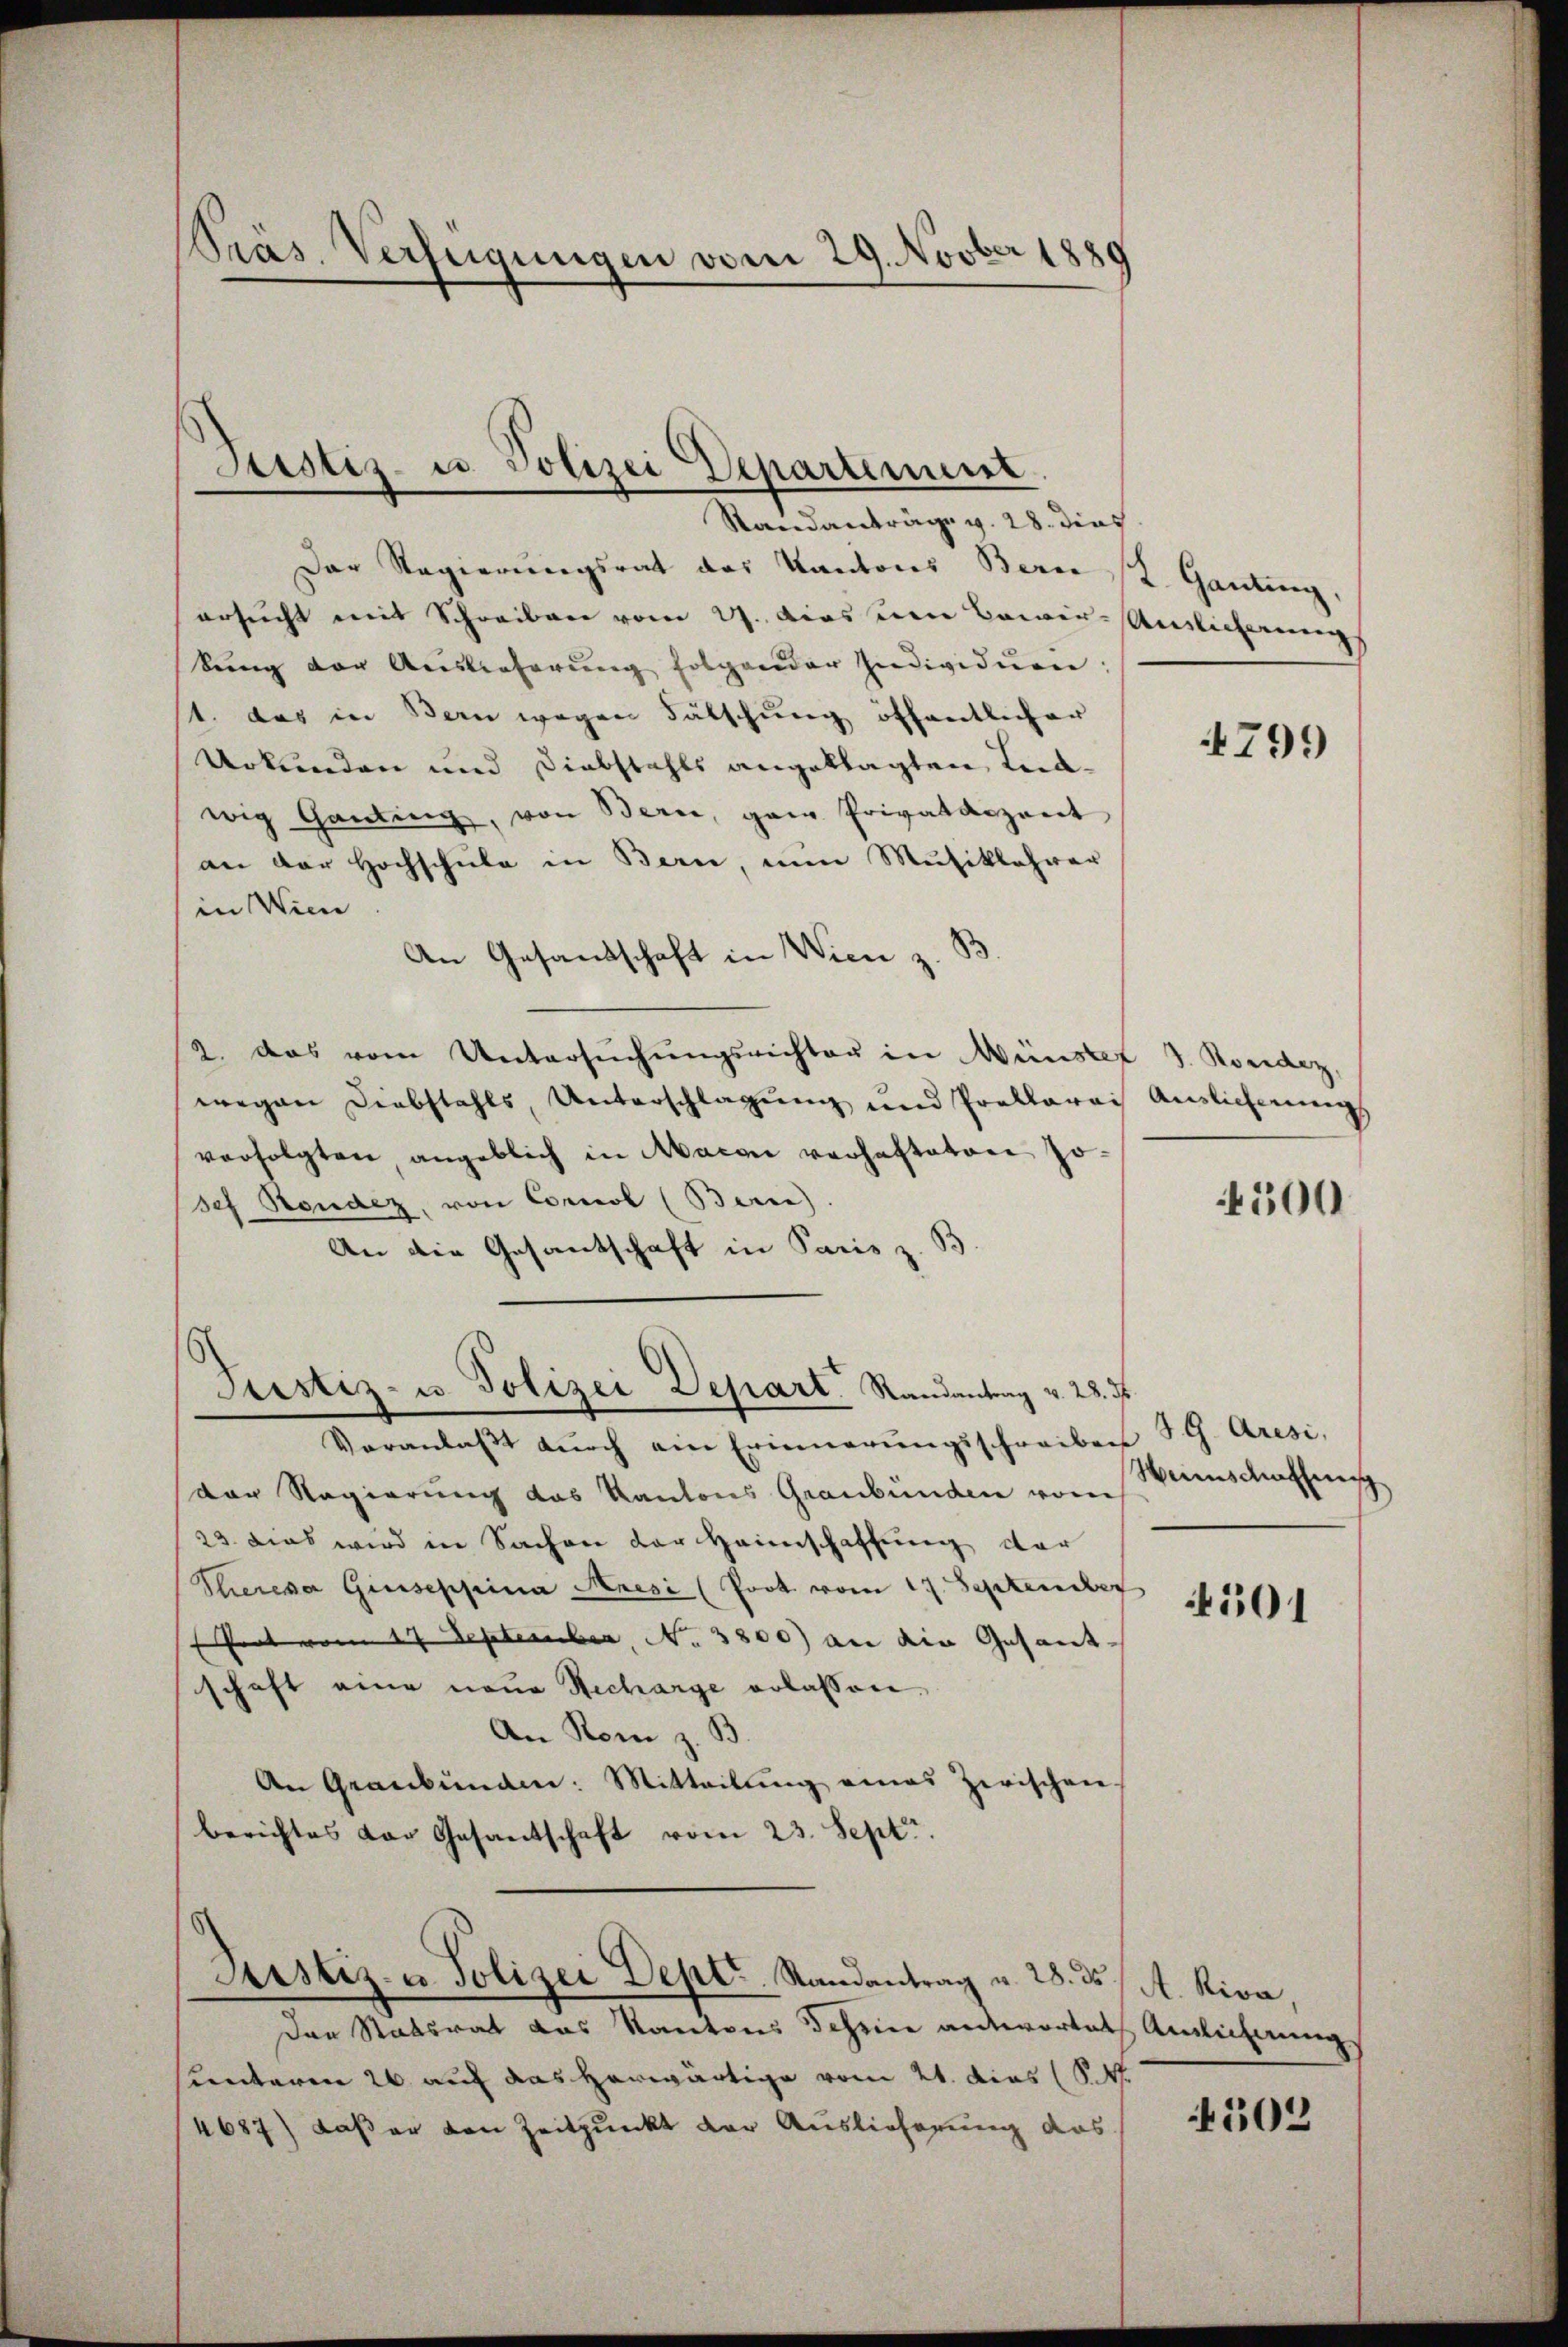
Präs. Verfügungen vom 29. Novber 1889

Justiz- u Polizei Departenunt
Standanträge v. 28. dies

Der Regierŭngsrat das Kantons Bern St. Ganting,
ersucht mit Schreiben vom 21. das um Cair-Anglicherung
bung der Auslieferung folgender Individuen,
1. Das in Bern wegen Fälschung öffentlicher
Urkunden und Diebstahls angeklagten Ludwig Ganting, von Bern, ganz Privatdozent
an der Hochschule in Bern, nun Musiklehrer
in Wien
An Gesandschaft in Wien z. B
2. das vom Untersŭchŭngsrichten in Münster J. Ronder,
wegen Diebstahls, Unterschlagung und Proklarei Auslieferŭng
verfolgten angeblich in Maion vorhatteten so
sef Stendez, von Connol (Bern)
An die Gesantschaft in Paris z.
Tustiz- u. Polizei Depart. Randantrag v. 28. J
Veranlaβt dŭrch ein Erinnerŭngsschreiben VG. Aresi,
der Regierung das Kantons Graubünden vom
23 dies wird in Sachen der Heimschaffung der
Thereser Giuseppina Mnesi (Poot vom 17. September
Pert von 17. September, No. 3800) an die Gesant-
schaft eine neue Recharge erlassen.
An Rom z. B.
An Graubünden: Mitteilŭng eines Zwischen
berichtes der Gesantschaft vom 23. Sept.

Justiz- u. Polizei Deptr. Randantrag u. 28. ds A. Riva,

Der Statsrat das Kantons Scheine antwortet Amlicherung
hunteren 26 auf das herwärtige vom 21. dies (S. 4.
4687) daß er den Zeitpunkt der Auslieferung das

4799

4500

Weinschaffung
)

501

4502